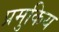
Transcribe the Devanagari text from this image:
प्रमुकिय